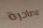
مصادرة